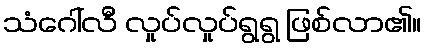
သံဂေါ်လီ လှုပ်လှုပ်ရွရွ ဖြစ်လာ၏။